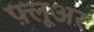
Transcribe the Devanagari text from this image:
फ़्लूअर